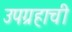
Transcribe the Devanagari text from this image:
उपग्रहाची